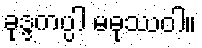
ခုဒ္ဒကပ္ပါ မဓုဿဝါ။